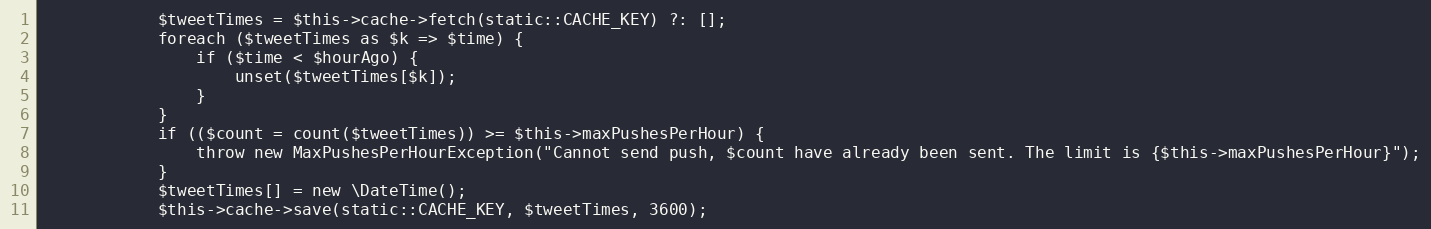
Language: PHP
            $tweetTimes = $this->cache->fetch(static::CACHE_KEY) ?: [];
            foreach ($tweetTimes as $k => $time) {
                if ($time < $hourAgo) {
                    unset($tweetTimes[$k]);
                }
            }
            if (($count = count($tweetTimes)) >= $this->maxPushesPerHour) {
                throw new MaxPushesPerHourException("Cannot send push, $count have already been sent. The limit is {$this->maxPushesPerHour}");
            }
            $tweetTimes[] = new \DateTime();
            $this->cache->save(static::CACHE_KEY, $tweetTimes, 3600);